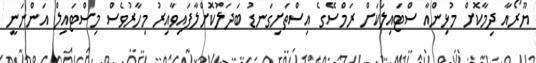
ޔޫރޯއާ ދިމާކޮށް މުޅިންއާ ސްޓައިލަކަށް ރަމްސޭގެ އިސްތަށިގަނޑު ބަދަލުކޮށްލާފައިވާއިރު މިހާރުވެސް މިސްޓައިލް އަންނަނީ